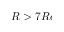
R > 7 R e